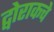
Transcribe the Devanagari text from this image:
द्वोराकचे